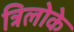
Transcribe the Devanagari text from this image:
त्रिलोके